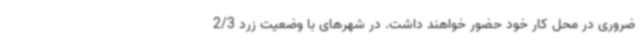
ضروری در محل کار خود حضور خواهند داشت. در شهرهای با وضعیت زرد 2/3